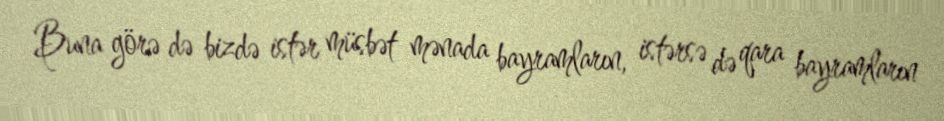
Buna görə də bizdə istər müsbət mənada bayramların, istərsə də qara bayramların